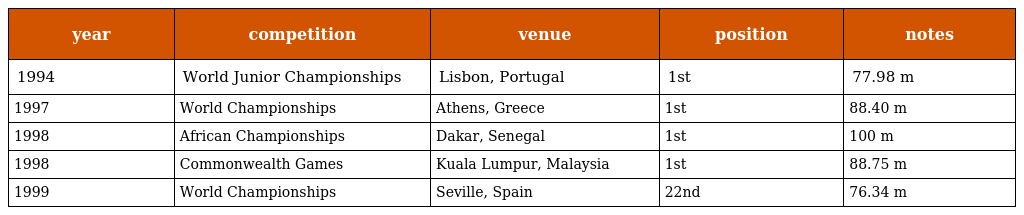
| year | competition | venue | position | notes |
 | --- | --- | --- | --- | --- |
 | 1994 | World Junior Championships | Lisbon, Portugal | 1st | 77.98 m |
 | 1997 | World Championships | Athens, Greece | 1st | 88.40 m |
 | 1998 | African Championships | Dakar, Senegal | 1st | 100 m |
 | 1998 | Commonwealth Games | Kuala Lumpur, Malaysia | 1st | 88.75 m |
 | 1999 | World Championships | Seville, Spain | 22nd | 76.34 m |